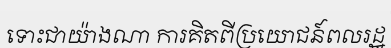
ទោះជាយ៉ាងណា ការគិតពីប្រយោជន៍ពលរដ្ឋ